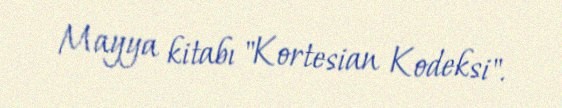
Mayya kitabı "Kortesian Kodeksi".